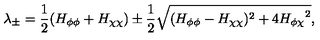
\lambda _ { \pm } = \frac { 1 } { 2 } ( H _ { \phi \phi } + H _ { \chi \chi } ) \pm \frac { 1 } { 2 } \sqrt { ( H _ { \phi \phi } - H _ { \chi \chi } ) ^ { 2 } + 4 { H _ { \phi \chi } } ^ { 2 } } ,